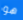
هو